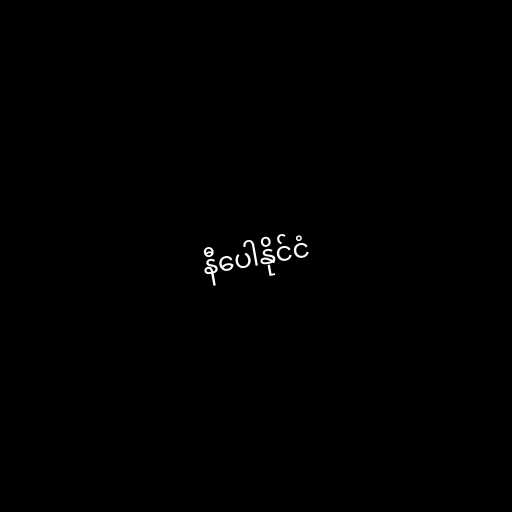
နီပေါနိုင်ငံ